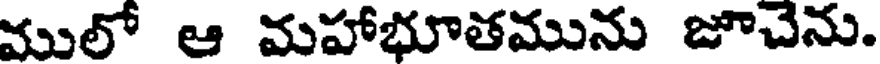
ములో ఆ మహాభూతమును జూచేను.